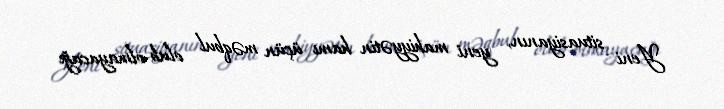
Yeni situasiyanın, yeni mahiyyətin hamı üçün məqbul olub-olmayacağı